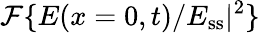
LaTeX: \mathcal{F}\{ E(x=0,t)/E_{\mathrm{ss}}|^{2}\}